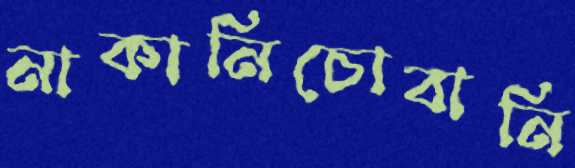
নাকানিচোবানি